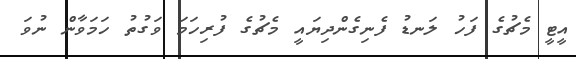
އީޓީ މެޗުގެ ފަހު ލަނޑު ފެނިގެންދިޔައީ މެޗުގެ ފުރިހަމަ ވަގުތު ހަމަވާން ނުވަ